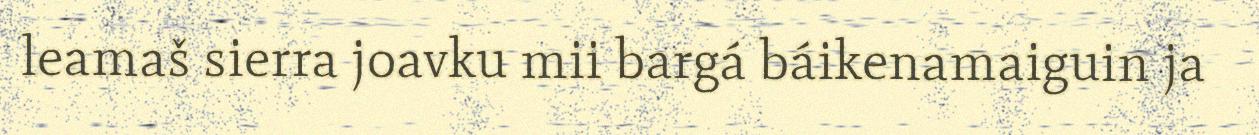
leamaš sierra joavku mii bargá báikenamaiguin ja